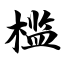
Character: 槛